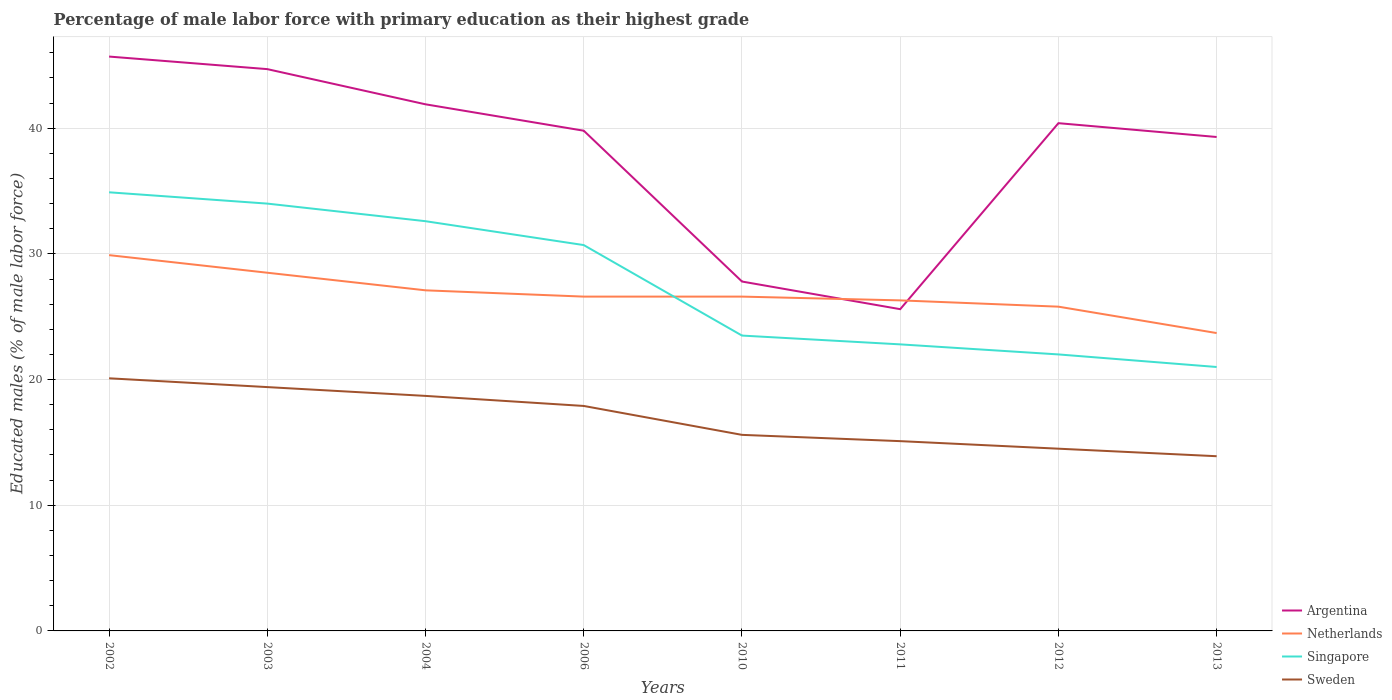
| Years | Argentina | Netherlands | Singapore | Sweden |
 | --- | --- | --- | --- | --- |
 | 2002 | 45.7 | 29.9 | 34.9 | 20.1 |
 | 2003 | 44.7 | 28.5 | 34 | 19.4 |
 | 2004 | 41.9 | 27.1 | 32.6 | 18.7 |
 | 2006 | 39.8 | 26.6 | 30.7 | 17.9 |
 | 2010 | 27.8 | 26.6 | 23.5 | 15.6 |
 | 2011 | 25.6 | 26.3 | 22.8 | 15.1 |
 | 2012 | 40.4 | 25.8 | 22 | 14.5 |
 | 2013 | 39.3 | 23.7 | 21 | 13.9 |